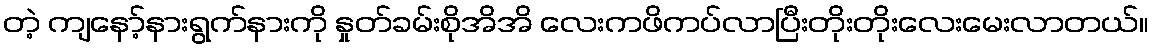
တဲ့ ကျနော့်နားရွက်နားကို နှုတ်ခမ်းစိုအိအိ လေးကဖိကပ်လာပြီးတိုးတိုးလေးမေးလာတယ်။